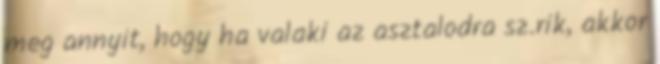
meg annyit, hogy ha valaki az asztalodra sz.rik, akkor